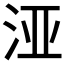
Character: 𮳅